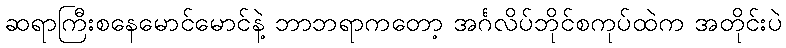
ဆရာကြီးစနေမောင်မောင်နဲ့ ဘာဘရာကတော့ အင်္ဂလိပ်ဘိုင်စကုပ်ထဲက အတိုင်းပဲ